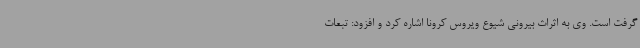
گرفت است. وی به اثراث بیرونی شیوع ویروس کرونا اشاره کرد و افزود: تبعات